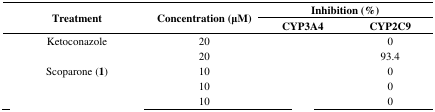
<table><thead><tr><td rowspan="2"><b>Treatment</b></td><td rowspan="2"><b>Concentration (μM)</b></td><td colspan="2"><b>Inhibition (%)</b></td></tr><tr><td><b>CYP3A4</b></td><td><b>CYP2C9</b></td></tr></thead><tbody><tr><td>Ketoconazole</td><td>20</td><td>[EMPTY_CELL]</td><td>0</td></tr><tr><td>[EMPTY_CELL]</td><td>20</td><td>[EMPTY_CELL]</td><td>93.4</td></tr><tr><td>Scoparone (<b>1</b>)</td><td>10</td><td>[EMPTY_CELL]</td><td>0</td></tr><tr><td>[EMPTY_CELL]</td><td>10</td><td>[EMPTY_CELL]</td><td>0</td></tr><tr><td>[EMPTY_CELL]</td><td>10</td><td>[EMPTY_CELL]</td><td>0</td></tr></tbody></table>